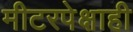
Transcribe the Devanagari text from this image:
मीटरपेक्षाही